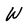
Character: W